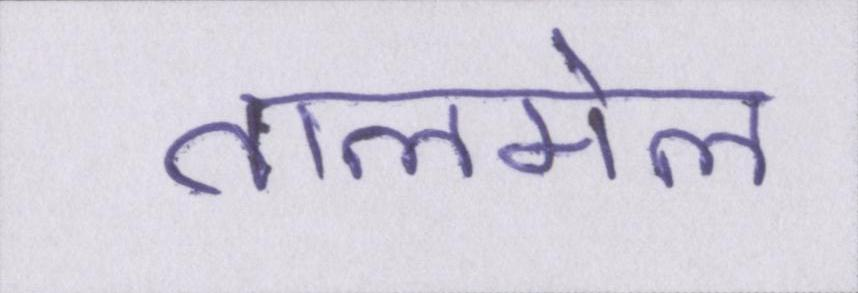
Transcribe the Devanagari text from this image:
तालमेल